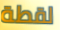
لقطة